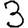
Digit: 3